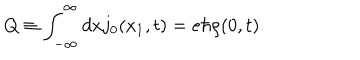
LaTeX: Q \equiv \int _ { - \infty } ^ { \infty } d x j _ { 0 } ( x _ { 1 } , t ) = e { \hbar } { \rho } ( 0 , t ) .